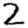
Digit: 2